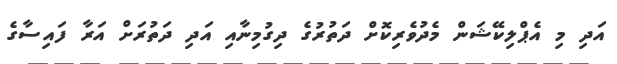
އަދި މި އެޕްލިކޭޝަން މެދުވެރިކޮށް ދަތުރުގެ ދިގުމިނާއި އަދި ދަތުރަށް އަރާ ފައިސާގެ